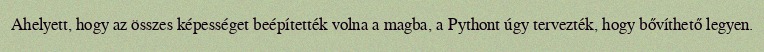
Ahelyett, hogy az összes képességet beépítették volna a magba, a Pythont úgy tervezték, hogy bővíthető legyen.